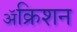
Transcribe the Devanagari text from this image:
ॲक्रिशन